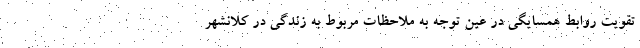
تقویت روابط همسایگی در عین توجه به ملاحظات مربوط به زندگی در کلانشهر